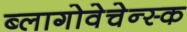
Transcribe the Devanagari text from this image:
ब्लागोवेचेन्स्क